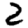
Digit: 2